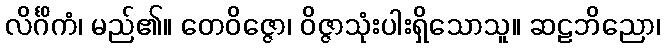
လိင်္ဂိကံ၊ မည်၏။ တေဝိဇ္ဇော၊ ဝိဇ္ဇာသုံးပါးရှိသောသူ။ ဆဠဘိညော၊